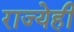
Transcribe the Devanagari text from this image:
राज्येही